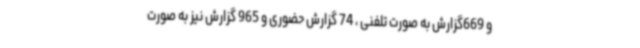
و 669گزارش به صورت تلفنی ، 74 گزارش حضوری و 965 گزارش نیز به صورت